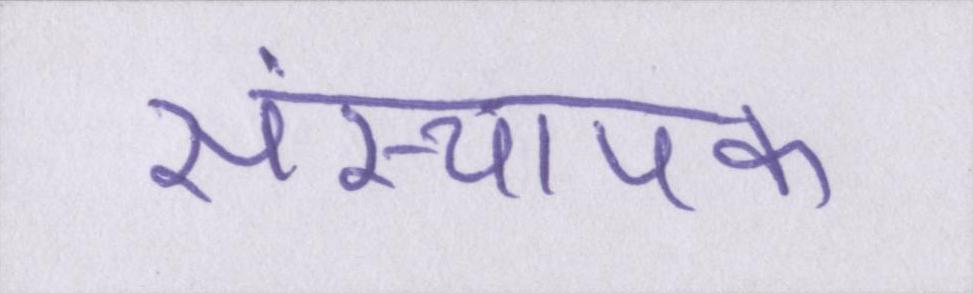
संस्थापक